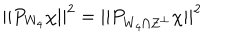
| | P _ { W _ { 4 } } \chi | | ^ { 2 } = | | P _ { W _ { 4 } \cap Z ^ { \perp } } \chi | | ^ { 2 }